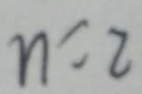
n = 2